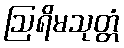
ဩရိမသုတ္တံ